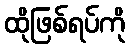
ထိုဖြစ်ရပ်ကို